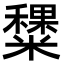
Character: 䊬